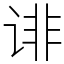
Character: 诽